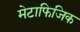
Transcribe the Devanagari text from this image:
मेटाफिजिक